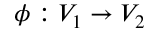
\phi : V _ { 1 } \rightarrow V _ { 2 }